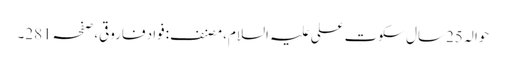
حوالہ 25سال سکوتِ علی علیہ السلام،مصنف:فواد فاروقی،صفحہ281۔